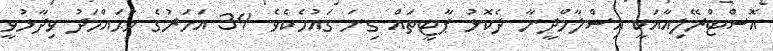
އޮސްޓްރޭލިއާއަކީ އިސްލާމްދީނާ ދެކޮޅު ޕާޓީތައް ގިނަ ގައުމެކެވެ. 34 އަހަރުގެ މުޙައްމަދު ވިދާޅުވީ